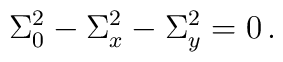
\Sigma_0^2 - \Sigma_x^2 - \Sigma_y^2=0 \, .